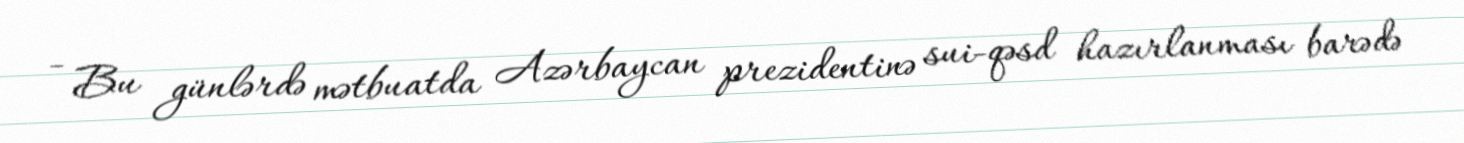
- Bu günlərdə mətbuatda Azərbaycan prezidentinə sui-qəsd hazırlanması barədə